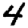
Digit: 4